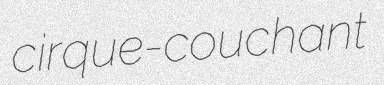
cirque-couchant